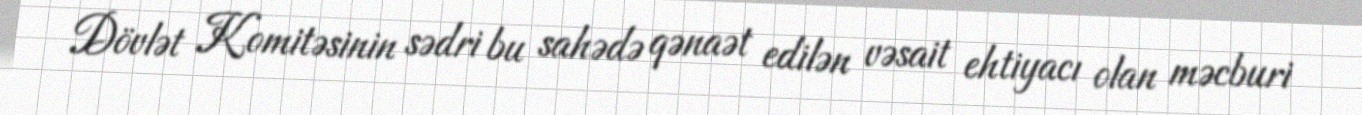
Dövlət Komitəsinin sədri bu sahədə qənaət edilən vəsait ehtiyacı olan məcburi